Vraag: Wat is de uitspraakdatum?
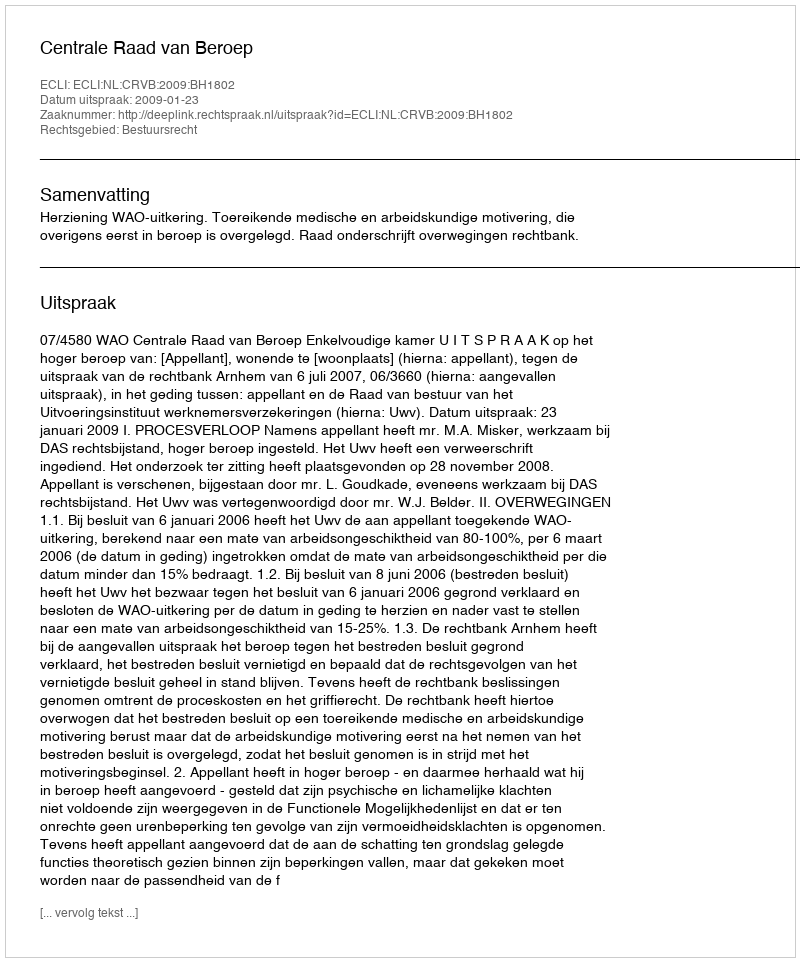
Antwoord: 2009-01-23